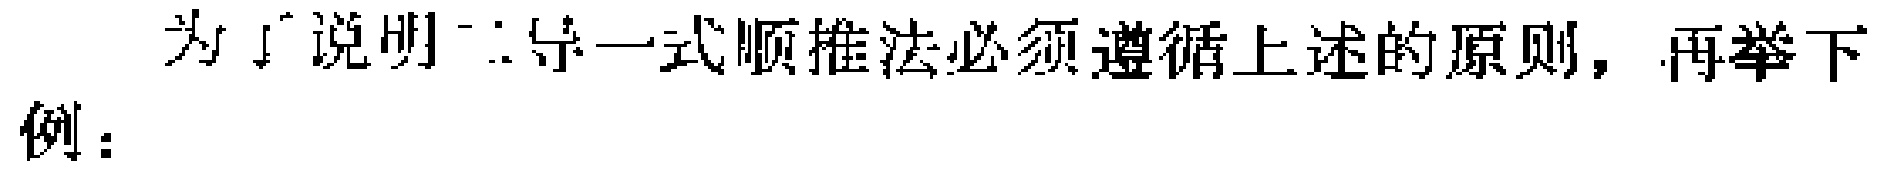
为了说明二导一式顺推法必须遵循上述的原则，再举下

例：